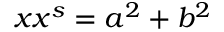
x x ^ { s } = a ^ { 2 } + b ^ { 2 }